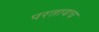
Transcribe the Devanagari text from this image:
परतायच